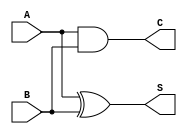
module halfadder(A,B,S,C
);
input A,B;
output S,C;
assign S = A ^ B;
assign C = A & B;
endmodule

module fulladder( A,B ,Ci,S,Co
    );
input A,B,Ci;
output Co,S;
wire I1,I2,I3;
halfadder HA1(A,B,I1,I2);
halfadder HA2(I1,Ci,S,I3);
assign Co = I2 || I3;
endmodule 

module WallaceTree16bit(A,B,prod
);
    
//inputs and outputs
    input [15:0] A,B;
    output [31:0] prod;
    //internal variables.
    wire s0,s1,s2,s3,s4,s5,s6,s7,s8,s9,
			s10,s11,s12,s13,s14,s15,s16,s17,s18,s19,
			s20,s21,s22,s23,s24,s25,s26,s27,s28,s29,
			s30,s31,s32,s33,s34,s35,s36,s37,s38,s39,
			s40,s41,s42,s43,s44,s45,s46,s47,s48,s49,
			s50,s51,s52,s53,s54,s55,s56,s57,s58,s59,
			s60,s61,s62,s63,s64,s65,s66,s67,s68,s69,
			s70,s71,s72,s73,s74,s75,s76,s77,s78,s79,
			s80,s81,s82,s83,s84,s85,s86,s87,s88,s89,
			s90,s91,s92,s93,s94,s95,s96,s97,s98,s99,
			s100,s101,s102,s103,s104,s105,s106,s107,s108,s109,
			s110,s111,s112,s113,s114,s115,s116,s117,s118,s119,
			s120,s121,s122,s123,s124,s125,s126,s127,s128,s129,
			s130,s131,s132,s133,s134,s135,s136,s137,s138,s139,
			s140,s141,s142,s143,s144,s145,s146,s147,s148,s149,
			s150,s151,s152,s153,s154,s155,s156,s157,s158,s159,
			s160,s161,s162,s163,s164,s165,s166,s167,s168,s169,
			s170,s171,s172,s173,s174,s175,s176,s177,s178,s179,
			s180,s181,s182,s183,s184,s185,s186,s187,s188,s189,
			s190,s191,s192,s193,s194,s195,s196,s197,s198,s199,
			s200,s201,s202,s203,s204,s205,s206,s207,s208,s209,
			s210,s211,s212,s213,s214,s215,s216,s217,s218,s219,
			s220,s221,s222,s223,s224,s225,s226,s227,s228,s229,
			s230,s231,s232,s233,s234,s235,s236,s237,s238,s239,
			s240,s241,s242,s243,s244,s245,s246,s247,s248,s249,
			s250,s251,s252,s253,s254,s255,s256,s257,s258,s259,
			s260,s261,s262,s263,s264,s265,s266,s267,s268,s269,
			s270,s271,s272,s273,s274,s275,s276,s277;
    wire c1,c2,c3,c4,c5,c6,c7,c8,c9,
			c10,c11,c12,c13,c14,c15,c16,c17,c18,c19,
			c20,c21,c22,c23,c24,c25,c26,c27,c28,c29,
			c30,c31,c32,c33,c34,c35,c36,c37,c38,c39,
			c40,c41,c42,c43,c44,c45,c46,c47,c48,c49,
			c50,c51,c52,c53,c54,c55,c56,c57,c58,c59,
			c60,c61,c62,c63,c64,c65,c66,c67,c68,c69,
			c70,c71,c72,c73,c74,c75,c76,c77,c78,c79,
			c80,c81,c82,c83,c84,c85,c86,c87,c88,c89,
			c90,c91,c92,c93,c94,c95,c96,c97,c98,c99,
			c100,c101,c102,c103,c104,c105,c106,c107,c108,c109,
			c110,c111,c112,c113,c114,c115,c116,c117,c118,c119,
			c120,c121,c122,c123,c124,c125,c126,c127,c128,c129,
			c130,c131,c132,c133,c134,c135,c136,c137,c138,c139,
			c140,c141,c142,c143,c144,c145,c146,c147,c148,c149,
			c150,c151,c152,c153,c154,c155,c156,c157,c158,c159,
			c160,c161,c162,c163,c164,c165,c166,c167,c168,c169,
			c170,c171,c172,c173,c174,c175,c176,c177,c178,c179,
			c180,c181,c182,c183,c184,c185,c186,c187,c188,c189,
			c190,c191,c192,c193,c194,c195,c196,c197,c198,c199,
			c200,c201,c202,c203,c204,c205,c206,c207,c208,c209,
			c210,c211,c212,c213,c214,c215,c216,c217,c218,c219,
			c220,c221,c222,c223,c224,c225,c226,c227,c228,c229,
			c230,c231,c232,c233,c234,c235,c236,c237,c238,c239,
			c240,c241,c242,c243,c244,c245,c246,c247,c248,c249,
			c250,c251,c252,c253,c254,c255,c256,c257,c258,c259,
			c260,c261,c262,c263,c264,c265,c266,c267,c268,c269,
			c270,c271,c272,c273,c274,c275,c276,c277;
    wire [15:0] p0,p1,p2,p3,p4,p5,p6,p7,p8,p9,p10,p11,p12,p13,p14,p15;

//initialize the p's.
    assign  p0 = A & {16{B[0]}};
    assign  p1 = A & {16{B[1]}};
    assign  p2 = A & {16{B[2]}};
    assign  p3 = A & {16{B[3]}};
	 assign  p4 = A & {16{B[4]}};
	 assign  p5 = A & {16{B[5]}};
	 assign  p6 = A & {16{B[6]}};
	 assign  p7 = A & {16{B[7]}};
	 assign  p8 = A & {16{B[8]}};
	 assign  p9 = A & {16{B[9]}};
	 assign  p10 = A & {16{B[10]}};
	 assign  p11 = A & {16{B[11]}};
	 assign  p12 = A & {16{B[12]}};
	 assign  p13 = A & {16{B[13]}};
	 assign  p14 = A & {16{B[14]}};
	 assign  p15 = A & {16{B[15]}};
	 

//final product assignments    
    assign prod[0] = p0[0];
    assign prod[1] = s1;
    assign prod[2] = s81;
    assign prod[3] = s131;
    assign prod[4] = s168;
    assign prod[5] = s204;
    assign prod[6] = s228;
    assign prod[7] = s253;
    assign prod[8] = s254;
	 assign prod[9] = s255;
	 assign prod[10] = s256;
	 assign prod[11] = s257;
	 assign prod[12] = s258;
	 assign prod[13] = s259;
	 assign prod[14] = s260;
	 assign prod[15] = s261;
	 assign prod[16] = s262;
	 assign prod[17] = s263;
	 assign prod[18] = s264;
	 assign prod[19] = s265;
	 assign prod[20] = s266;
	 assign prod[21] = s267;
	 assign prod[22] = s268;
	 assign prod[23] = s269;
	 assign prod[24] = s270;
	 assign prod[25] = s271;
	 assign prod[26] = s272;
	 assign prod[27] = s273;
	 assign prod[28] = s274;
	 assign prod[29] = s275;
	 assign prod[30] = s276;
	 assign prod[31] = s277;
	 


//first stage
    halfadder ha101(p0[1],p1[0],s1,c1);
    fulladder fa102(p0[2],p1[1],p2[0],s2,c2);
    fulladder fa103(p0[3],p1[2],p2[1],s3,c3);
    fulladder fa104(p0[4],p1[3],p2[2],s4,c4);
	 fulladder fa105(p0[5],p1[4],p2[3],s5,c5);
	 fulladder fa106(p0[6],p1[5],p2[4],s6,c6);
	 fulladder fa107(p0[7],p1[6],p2[5],s7,c7);
	 fulladder fa108(p0[8],p1[7],p2[6],s8,c8);
    fulladder fa109(p0[9],p1[8],p2[7],s9,c9);
    fulladder fa110(p0[10],p1[9],p2[8],s10,c10);
	 fulladder fa111(p0[11],p1[10],p2[9],s11,c11);
	 fulladder fa112(p0[12],p1[11],p2[10],s12,c12);
	 fulladder fa113(p0[13],p1[12],p2[11],s13,c13);
	 fulladder fa114(p0[14],p1[13],p2[12],s14,c14);
	 fulladder fa115(p0[15],p1[14],p2[13],s15,c15);
	 halfadder ha116(p1[15],p2[14],s16,c16);
	 
	 halfadder ha201(p3[1],p4[0],s17,c17);
    fulladder fa202(p3[2],p4[1],p5[0],s18,c18);
    fulladder fa203(p3[3],p4[2],p5[1],s19,c19);
    fulladder fa204(p3[4],p4[3],p5[2],s20,c20);
	 fulladder fa205(p3[5],p4[4],p5[3],s21,c21);
	 fulladder fa206(p3[6],p4[5],p5[4],s22,c22);
	 fulladder fa207(p3[7],p4[6],p5[5],s23,c23);
	 fulladder fa208(p3[8],p4[7],p5[6],s24,c24);
    fulladder fa209(p3[9],p4[8],p5[7],s25,c25);
    fulladder fa210(p3[10],p4[9],p5[8],s26,c26);
	 fulladder fa211(p3[11],p4[10],p5[9],s27,c27);
	 fulladder fa212(p3[12],p4[11],p5[10],s28,c28);
	 fulladder fa213(p3[13],p4[12],p5[11],s29,c29);
	 fulladder fa214(p3[14],p4[13],p5[12],s30,c30);
	 fulladder fa215(p3[15],p4[14],p5[13],s31,c31);
	 halfadder ha216(p4[15],p5[14],s32,c32);

    halfadder ha301(p6[1],p7[0],s33,c33);
    fulladder fa302(p6[2],p7[1],p8[0],s34,c34);
    fulladder fa303(p6[3],p7[2],p8[1],s35,c35);
    fulladder fa304(p6[4],p7[3],p8[2],s36,c36);
	 fulladder fa305(p6[5],p7[4],p8[3],s37,c37);
	 fulladder fa306(p6[6],p7[5],p8[4]   ,s38,c38);
	 fulladder fa307(p6[7],p7[6],p8[5]   ,s39,c39);
	 fulladder fa308(p6[8],p7[7],p8[6]   ,s40,c40);
    fulladder fa309(p6[9],p7[8],p8[7]   ,s41,c41);
    fulladder fa310(p6[10],p7[9],p8[8]  ,s42,c42);
	 fulladder fa311(p6[11],p7[10],p8[9] ,s43,c43);
	 fulladder fa312(p6[12],p7[11],p8[10],s44,c44);
	 fulladder fa313(p6[13],p7[12],p8[11],s45,c45);
	 fulladder fa314(p6[14],p7[13],p8[12],s46,c46);
	 fulladder fa315(p6[15],p7[14],p8[13],s47,c47);
	 halfadder ha316(p7[15],p8[14]       ,s48,c48);

    halfadder ha401(p9[1],p10[0]          ,s49,c49);
    fulladder fa402(p9[2],p10[1],p11[0]   ,s50,c50);
    fulladder fa403(p9[3],p10[2],p11[1]   ,s51,c51);
    fulladder fa404(p9[4],p10[3],p11[2]   ,s52,c52);
	 fulladder fa405(p9[5],p10[4],p11[3]   ,s53,c53);
	 fulladder fa406(p9[6],p10[5],p11[4]   ,s54,c54);
	 fulladder fa407(p9[7],p10[6],p11[5]   ,s55,c55);
	 fulladder fa408(p9[8],p10[7],p11[6]   ,s56,c56);
    fulladder fa409(p9[9],p10[8],p11[7]   ,s57,c57);
    fulladder fa410(p9[10],p10[9],p11[8]  ,s58,c58);
	 fulladder fa411(p9[11],p10[10],p11[9] ,s59,c59);
	 fulladder fa412(p9[12],p10[11],p11[10],s60,c60);
	 fulladder fa413(p9[13],p10[12],p11[11],s61,c61);
	 fulladder fa414(p9[14],p10[13],p11[12],s62,c62);
	 fulladder fa415(p9[15],p10[14],p11[13],s63,c63);
	 halfadder ha416(p10[15],p11[14]       ,s64,c64);
	 
    halfadder ha501(p12[1],p13[0]          ,s65,c65);
    fulladder fa502(p12[2],p13[1],p14[0]   ,s66,c66);
    fulladder fa503(p12[3],p13[2],p14[1]   ,s67,c67);
    fulladder fa504(p12[4],p13[3],p14[2]   ,s68,c68);
	 fulladder fa505(p12[5],p13[4],p14[3]   ,s69,c69);
	 fulladder fa506(p12[6],p13[5],p14[4]   ,s70,c70);
	 fulladder fa507(p12[7],p13[6],p14[5]   ,s71,c71);
	 fulladder fa508(p12[8],p13[7],p14[6]   ,s72,c72);
    fulladder fa509(p12[9],p13[8],p14[7]   ,s73,c73);
    fulladder fa510(p12[10],p13[9],p14[8]  ,s74,c74);
	 fulladder fa511(p12[11],p13[10],p14[9] ,s75,c75);
	 fulladder fa512(p12[12],p13[11],p14[10],s76,c76);
	 fulladder fa513(p12[13],p13[12],p14[11],s77,c77);
	 fulladder fa514(p12[14],p13[13],p14[12],s78,c78);
	 fulladder fa515(p12[15],p13[14],p14[13],s79,c79);
	 halfadder ha516(p13[15],p14[14]        ,s80,c80);

//second stage
    halfadder ha601(c1 ,s2        ,s81,c81);
    fulladder fa602(c2 ,s3,p3[0]  ,s82,c82);
    fulladder fa603(c3 ,s4,s17    ,s83,c83);
    fulladder fa604(c4 ,s5,s18    ,s84,c84);
    fulladder fa605(c5 ,s6,s19    ,s85,c85);
	 fulladder fa606(c6 ,s7,s20    ,s86,c86);
	 fulladder fa607(c7 ,s8,s21    ,s87,c87);
	 fulladder fa608(c8 ,s9,s22    ,s88,c88);
	 fulladder fa609(c9 ,s10,s23   ,s89,c89);
    fulladder fa610(c10,s11,s24   ,s90,c90);
    fulladder fa611(c11,s12,s25   ,s91,c91);
	 fulladder fa612(c12,s13,s26   ,s92,c92);
	 fulladder fa613(c13,s14,s27   ,s93,c93);
	 fulladder fa614(c14,s15,s28   ,s94,c94);
	 fulladder fa615(c15,s16,s29   ,s95,c95);
	 fulladder fa616(c16,p2[15],s30,s96,c96);

    halfadder ha701(p6[0],c18  ,s97,c97);
    halfadder ha702(c19    ,s33,s98,c98);
    fulladder fa703(c20,c33,s34,s99,c99);
    fulladder fa704(c21,c34,s35,s100,c100);
    fulladder fa705(c22,c35,s36,s101,c101);
	 fulladder fa706(c23,c36,s37,s102,c102);
	 fulladder fa707(c24,c37,s38,s103,c103);
	 fulladder fa708(c25,c38,s39,s104,c104);
	 fulladder fa709(c26,c39,s40,s105,c105);
    fulladder fa710(c27,c40,s41,s106,c106);
    fulladder fa711(c28,c41,s42,s107,c107);
	 fulladder fa712(c29,c42,s43,s108,c108);
	 fulladder fa713(c30,c43,s44,s109,c109);
	 fulladder fa714(c31,c44,s45,s110,c110);
	 fulladder fa715(c32,c45,s46,s111,c111);
	 halfadder ha716(    c46,s47,s112,c112);
	 halfadder ha717(    c47,s48,s113,c113);
	 halfadder ha718(p8[15] ,c48,s114,c114);
	 
    halfadder ha801(c49,s50        ,s115,c115);
    fulladder fa802(c50,s51,p12[0] ,s116,c116);
    fulladder fa803(c51,s52,s65    ,s117,c117);
    fulladder fa804(c52,s53,s66    ,s118,c118);
    fulladder fa805(c53,s54,s67    ,s119,c119);
	 fulladder fa806(c54,s55,s68    ,s120,c120);
	 fulladder fa807(c55,s56,s69    ,s121,c121);
	 fulladder fa808(c56,s57,s70    ,s122,c122);
	 fulladder fa809(c57,s58,s71    ,s123,c123);
    fulladder fa810(c58,s59,s72    ,s124,c124);
    fulladder fa811(c59,s60,s73    ,s125,c125);
	 fulladder fa812(c60,s61,s74    ,s126,c126);
	 fulladder fa813(c61,s62,s75    ,s127,c127);
	 fulladder fa814(c62,s63,s76    ,s128,c128);
	 fulladder fa815(c63,s64,s77    ,s129,c129);
	 fulladder fa816(c64,p11[15],s78,s130,c130);
	 
//third stage
    halfadder ha901(c81,s82    ,s131,c131);
    halfadder ha902(c82,s83    ,s132,c132);
    fulladder fa903(c83,s84,c17,s133,c133);
    fulladder fa904(c84,s85,s97,s134,c134);
    fulladder fa905(c85,s86,s98,s135,c135);
	 fulladder fa906(c86,s87,s99,s136,c136);
	 fulladder fa907(c87,s88,s100,s137,c137);
	 fulladder fa908(c88,s89,s101,s138,c138);
	 fulladder fa909(c89,s90,s102,s139,c139);
    fulladder fa910(c90,s91,s103,s140,c140);
    fulladder fa911(c91,s92,s104,s141,c141);
	 fulladder fa912(c92,s93,s105,s142,c142);
	 fulladder fa913(c93,s94,s106,s143,c143);
	 fulladder fa914(c94,s95,s107,s144,c144);
	 fulladder fa915(c95,s96,s108,s145,c145);
	 fulladder fa916(c96,s31,s109,s146,c146);
	 halfadder ha917(s110,s32    ,s147,c147);
	 halfadder ha918(s111,p5[15] ,s148,c148);

    halfadder ha1001(p9[0],c99    ,s149,c149);
    halfadder ha1002(s49, c100     ,s150,c150);
    halfadder ha1003(s115,c101     ,s151,c151);
    fulladder fa1004(c115,c102,s116,s152,c152);
    fulladder fa1005(c116,c103,s117,s153,c153);
	 fulladder fa1006(c117,c104,s118,s154,c154);
	 fulladder fa1007(c118,c105,s119,s155,c155);
	 fulladder fa1008(c119,c106,s120,s156,c156);
	 fulladder fa1009(c120,c107,s121,s157,c157);
    fulladder fa1010(c121,c108,s122,s158,c158);
    fulladder fa1011(c122,c109,s123,s159,c159);
	 fulladder fa1012(c123,c110,s124,s160,c160);
	 fulladder fa1013(c124,c111,s125,s161,c161);
	 fulladder fa1014(c125,c112,s126,s162,c162);
	 fulladder fa1015(c126,c113,s127,s163,c163);
	 fulladder fa1016(c127,c114,s128,s164,c164);
	 halfadder ha1017(c128,     s129,s165,c165);
	 halfadder ha1018(c129,     s130,s166,c166);
	 halfadder ha1019(c130,      s79,s167,c167);

//fourth stage

    halfadder ha1101(c131,s132     ,s168,c168);
    halfadder ha1102(c132,s133     ,s169,c169);
    halfadder ha1103(c133,s134     ,s170,c170);
    fulladder fa1104(c134,s135, c97,s171,c171);
    fulladder fa1105(c135,s136, c98,s172,c172);
	 fulladder fa1106(c136,s137,s149,s173,c173);
	 fulladder fa1107(c137,s138,s150,s174,c174);
	 fulladder fa1108(c138,s139,s151,s175,c175);
	 fulladder fa1109(c139,s140,s152,s176,c176);
    fulladder fa1110(c140,s141,s153,s177,c177);
    fulladder fa1111(c141,s142,s154,s178,c178);
	 fulladder fa1112(c142,s143,s155,s179,c179);
	 fulladder fa1113(c143,s144,s156,s180,c180);
	 fulladder fa1114(c144,s145,s157,s181,c181);
	 fulladder fa1115(c145,s146,s158,s182,c182);
	 fulladder fa1116(c146,s147,s159,s183,c183);
	 fulladder fa1117(c147,s148,s160,s184,c184);
	 fulladder fa1118(c148,s112,s161,s185,c185);
	 halfadder ha1119(     s113,s162,s186,c186);
	 halfadder ha1120(     s114,s163,s187,c187);

    halfadder ha1201(c153,c65          ,s188,c188);
    fulladder fa1202(c154,c66   ,p15[0],s189,c189);
    fulladder fa1203(c155,c67   ,p15[1],s190,c190);
    fulladder fa1204(c156,c68   ,p15[2],s191,c191);
	 fulladder fa1205(c157,c69   ,p15[3],s192,c192);
	 fulladder fa1206(c158,c70   ,p15[4],s193,c193);
	 fulladder fa1207(c159,c71   ,p15[5],s194,c194);
	 fulladder fa1208(c160,c72   ,p15[6],s195,c195);
    fulladder fa1209(c161,c73   ,p15[7],s196,c196);
    fulladder fa1210(c162,c74   ,p15[8],s197,c197);
	 fulladder fa1211(c163,c75   ,p15[9],s198,c198);
	 fulladder fa1212(c164,c76   ,p15[10],s199,c199);
	 fulladder fa1213(c165,c77   ,p15[11],s200,c200);
	 fulladder fa1214(c166,c78   ,p15[12],s201,c201);
	 fulladder fa1215(c167,c79   ,p15[13],s202,c202);
	 fulladder fa1216(p14[15],c80,p15[14],s203,c203);

//fifth stage

    halfadder ha1301(c168,s169     ,s204,c204);
	 halfadder ha1302(c169,s170     ,s205,c205);
	 halfadder ha1303(c170,s171     ,s206,c206);
	 halfadder ha1304(c171,s172     ,s207,c207);
	 halfadder ha1305(c172,s173     ,s208,c208);
    fulladder fa1306(c173,s174,c149,s209,c209);
    fulladder fa1307(c174,s175,c150,s210,c210);
    fulladder fa1308(c175,s176,c151,s211,c211);
	 fulladder fa1309(c176,s177,c152,s212,c212);
	 fulladder fa1310(c177,s178,s188,s213,c213);
	 fulladder fa1311(c178,s179,s189,s214,c214);
	 fulladder fa1312(c179,s180,s190,s215,c215);
    fulladder fa1313(c180,s181,s191,s216,c216);
    fulladder fa1314(c181,s182,s192,s217,c217);
	 fulladder fa1315(c182,s183,s193,s218,c218);
	 fulladder fa1316(c183,s184,s194,s219,c219);
	 fulladder fa1317(c184,s185,s195,s220,c220);
	 fulladder fa1318(c185,s186,s196,s221,c221);
	 fulladder fa1319(c186,s187,s197,s222,c222);
	 fulladder fa1320(s164,c187,s198,s223,c223);
	 halfadder ha1321(s165		,s199,s224,c224);
	 halfadder ha1322(s166		,s200,s225,c225);
	 halfadder ha1323(s167		,s201,s226,c226);
	 halfadder ha1324(s80 		,s202,s227,c227);
	 
//sixth stage

    halfadder ha1401(c204,s205     ,s228,c228);
	 halfadder ha1402(c205,s206     ,s229,c229);
	 halfadder ha1403(c206,s207     ,s230,c230);
	 halfadder ha1404(c207,s208     ,s231,c231);
	 halfadder ha1405(c208,s209     ,s232,c232);
    halfadder ha1406(c209,s210     ,s233,c233);
    halfadder ha1407(c210,s211     ,s234,c234);
    halfadder ha1408(c211,s212     ,s235,c235);
	 halfadder ha1409(c212,s213     ,s236,c236);
	 fulladder fa1410(c213,s214,c188,s237,c237);
	 fulladder fa1411(c214,s215,c189,s238,c238);
	 fulladder fa1412(c215,s216,c190,s239,c239);
    fulladder fa1413(c216,s217,c191,s240,c240);
    fulladder fa1414(c217,s218,c192,s241,c241);
	 fulladder fa1415(c218,s219,c193,s242,c242);
	 fulladder fa1416(c219,s220,c194,s243,c243);
	 fulladder fa1417(c220,s221,c195,s244,c244);
	 fulladder fa1418(c221,s222,c196,s245,c245);
	 fulladder fa1419(c222,s223,c197,s246,c246);
	 fulladder fa1420(c223,s224,c198,s247,c247);
	 fulladder fa1421(c224,s225,c199,s248,c248);
	 fulladder ha1422(c225,s226,c200,s249,c249);
	 fulladder ha1423(c226,s227,c201,s250,c250);
	 fulladder ha1424(c227,s203,c202,s251,c251);
	 halfadder ha1425(c203,	p15[15] ,s252,c252);	 
	 
//seventh stage

    halfadder ha1501(c228,s229     ,s253,c253);
	 fulladder fa1502(c229,s230,c253,s254,c254);
	 fulladder fa1503(c230,s231,c254,s255,c255);
	 fulladder fa1504(c231,s232,c255,s256,c256);
	 fulladder fa1505(c232,s233,c256,s257,c257);
    fulladder fa1506(c233,s234,c257,s258,c258);
    fulladder fa1507(c234,s235,c258,s259,c259);
    fulladder fa1508(c235,s236,c259,s260,c260);
	 fulladder fa1509(c236,s237,c260,s261,c261);
	 fulladder fa1510(c237,s238,c261,s262,c262);
	 fulladder fa1511(c238,s239,c262,s263,c263);
	 fulladder fa1512(c239,s240,c263,s264,c264);
    fulladder fa1513(c240,s241,c264,s265,c265);
    fulladder fa1514(c241,s242,c265,s266,c266);
	 fulladder fa1515(c242,s243,c266,s267,c267);
	 fulladder fa1516(c243,s244,c267,s268,c268);
	 fulladder fa1517(c244,s245,c268,s269,c269);
	 fulladder fa1518(c245,s246,c269,s270,c270);
	 fulladder fa1519(c246,s247,c270,s271,c271);
	 fulladder fa1520(c247,s248,c271,s272,c272);
	 fulladder fa1521(c248,s249,c272,s273,c273);
	 fulladder ha1522(c249,s250,c273,s274,c274);
	 fulladder ha1523(c250,s251,c274,s275,c275);
	 fulladder ha1524(c251,s252,c275,s276,c276);
	 halfadder ha1525(c252,c276,s277,c277);	 
endmodule